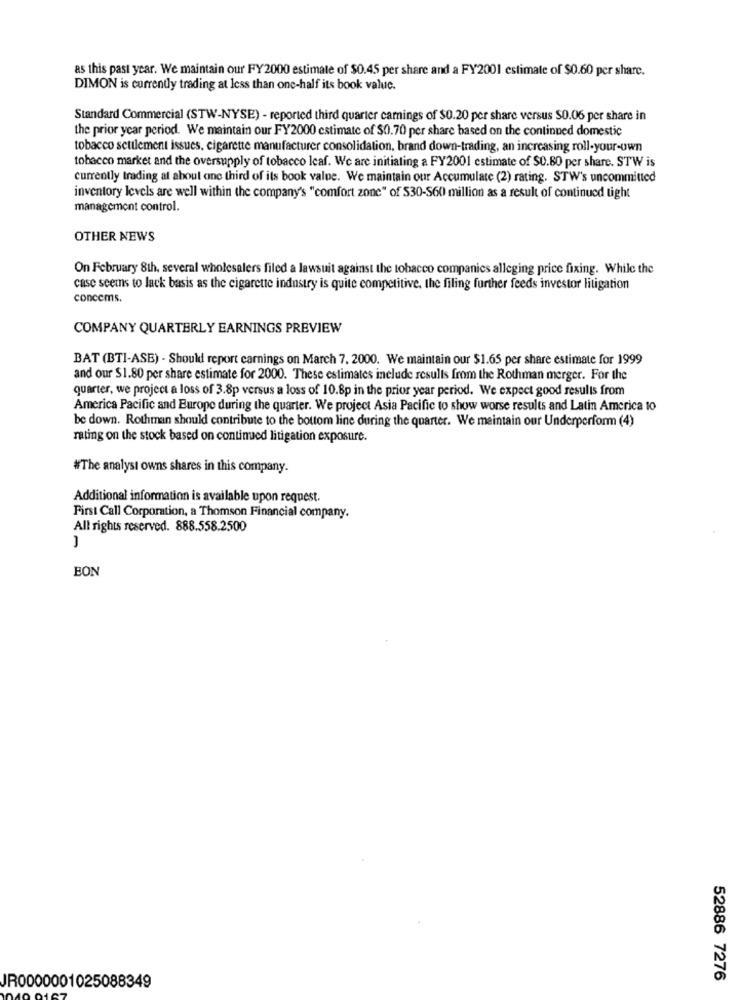
as this past year. We maintain our FY2000 estimate of $0.45 per share and a FY2001 estimate of $0.60 per share.
DIMON is currently trading at less than one-half its book value.
Standard Commercial (STW-NYSE) - reported third quarter carnings of $0.20 per share versus $0.06 per share in
the prior year period. We maintain our FY2000 estimate of $0.70 per share based on the continued domestic
tobacco settlement issues, cigarette manufacturer consolidation, brand down-trading, an increasing roll-your-own
tobacco market and the oversupply of tobacco leaf. We are initiating a FY2001 estimate of $0.80 per share. STW is
currently trading at about one third of its book value. We maintain our Accumulate (2) rating. STW's uncommitted
inventory levels are well within the company's "comfort zone" of S30-S60 million as a result of continued tight
management control.
OTHER NEWS
On February 8th, several wholesalers filed a lawsuit against the tobacco companies alleging price fixing. While the
case seems to lack basis as the cigarette industry is quite competitive, the filing further feeds investor litigation
concems.
COMPANY QUARTERLY EARNINGS PREVIEW
BAT (BTI-ASE) - Should report carnings on March 7. 2000. We maintain our $1.65 per share estimate for 1999
and our $1.80 per share estimate for 2000. These estimates include results from the Rothman merger. For the
quarter, we project a loss of 3.8p versus a loss of 10.8p in the prior year period. We expect good results from
America Pacific and Europe during the quarter. We project Asia Pacific to show worse results and Latin America to
be down. Rothman should contribute to the bottom line during the quarter. We maintain our Underperform (4)
rating on the stock based on continued litigation exposure.
#The analyst owns shares in this company.
Additional information is available upon request.
First Call Corporation, a Thomson Financial company.
All rights reserved. 888.558.2500
BON
52886 7276
IR0000001025088349